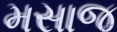
મસાજ